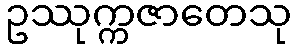
ဥဿုက္ကဇာတေသု